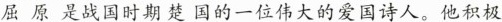
屈原是战国时期楚国的一位伟大的爱国诗人。他积极